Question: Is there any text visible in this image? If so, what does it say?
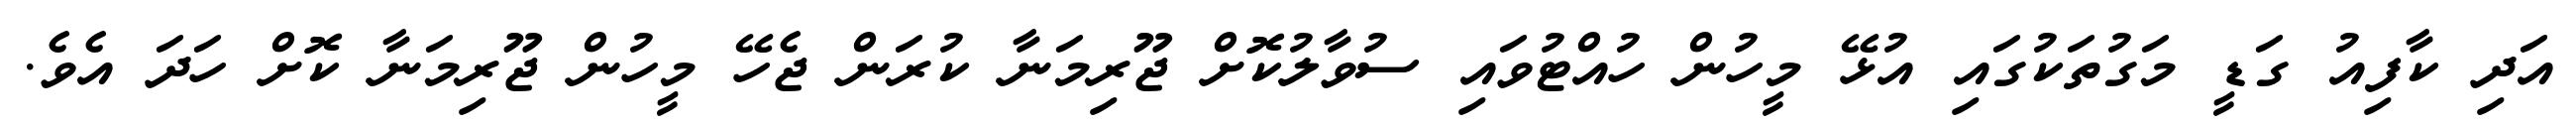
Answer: އަދި ކާފިއު ގަޑީ މަގުތަކުގައި އުޅޭ މީހުން ހުއްޓުވައި ސުވާލުކޮށް ޖޫރިމަނާ ކުރަން ޖެހޭ މީހުން ޖޫރިމަނާ ކޮށް ހަދަ އެވެ.